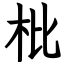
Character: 枇